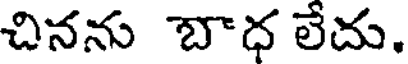
చినను బాధ లేదు.